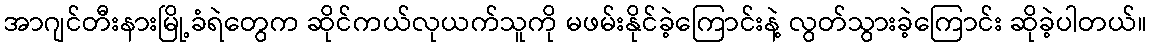
အာဂျင်တီးနားမြို့ခံရဲတွေက ဆိုင်ကယ်လုယက်သူကို မဖမ်းနိုင်ခဲ့ကြောင်းနဲ့ လွတ်သွားခဲ့ကြောင်း ဆိုခဲ့ပါတယ်။